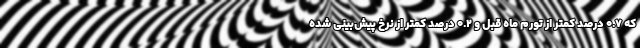
که ۰.۷ درصد کمتر از تورم ماه قبل و ۰.۲ درصد کمتر از نرخ پیش‌بینی شده